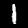
Label: 1